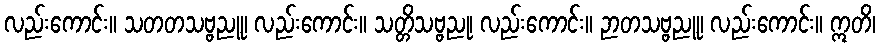
လည်းကောင်း။ သတတသဗ္ဗညူ၊ လည်းကောင်း။ သတ္တိသဗ္ဗညု၊ လည်းကောင်း။ ဉာတသဗ္ဗညူ၊ လည်းကောင်း။ ဣတိ၊